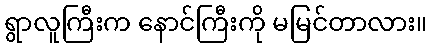
ရွာလူကြီးက နောင်ကြီးကို မမြင်တာလား။